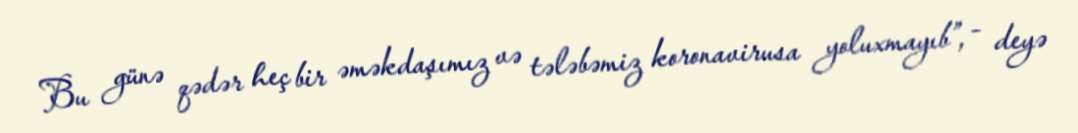
Bu günə qədər heç bir əməkdaşımız və tələbəmiz koronavirusa yoluxmayıb”, - deyə